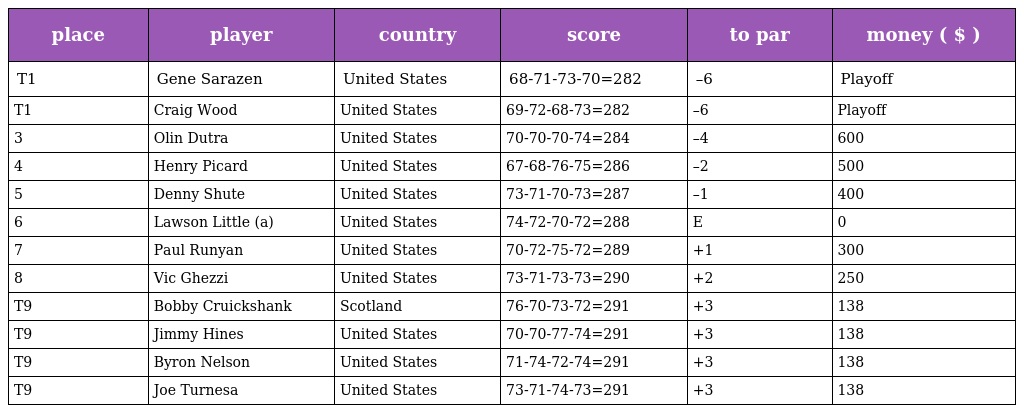
| place | player | country | score | to par | money ( $ ) |
 | --- | --- | --- | --- | --- | --- |
 | T1 | Gene Sarazen | United States | 68-71-73-70=282 | –6 | Playoff |
 | T1 | Craig Wood | United States | 69-72-68-73=282 | –6 | Playoff |
 | 3 | Olin Dutra | United States | 70-70-70-74=284 | –4 | 600 |
 | 4 | Henry Picard | United States | 67-68-76-75=286 | –2 | 500 |
 | 5 | Denny Shute | United States | 73-71-70-73=287 | –1 | 400 |
 | 6 | Lawson Little (a) | United States | 74-72-70-72=288 | E | 0 |
 | 7 | Paul Runyan | United States | 70-72-75-72=289 | +1 | 300 |
 | 8 | Vic Ghezzi | United States | 73-71-73-73=290 | +2 | 250 |
 | T9 | Bobby Cruickshank | Scotland | 76-70-73-72=291 | +3 | 138 |
 | T9 | Jimmy Hines | United States | 70-70-77-74=291 | +3 | 138 |
 | T9 | Byron Nelson | United States | 71-74-72-74=291 | +3 | 138 |
 | T9 | Joe Turnesa | United States | 73-71-74-73=291 | +3 | 138 |